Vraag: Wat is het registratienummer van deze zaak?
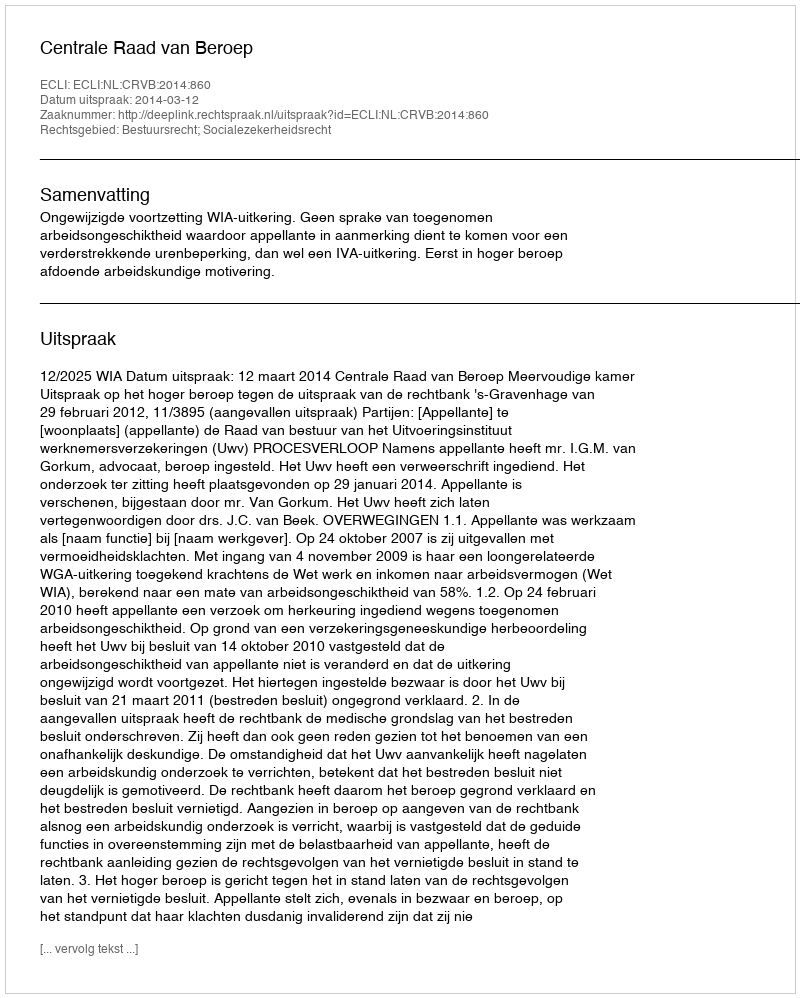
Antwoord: http://deeplink.rechtspraak.nl/uitspraak?id=ECLI:NL:CRVB:2014:860